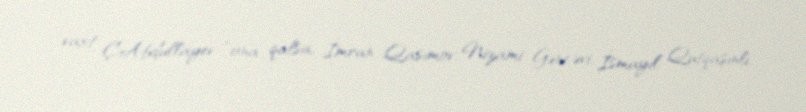
vaxt Ç.Abdullayev “ona qalsa, İmran Qasımov, Nizami Gəncəvi, İsmayıl Qutqaşınlı,